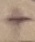
Text: +